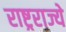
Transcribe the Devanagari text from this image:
राष्ट्रराज्ये